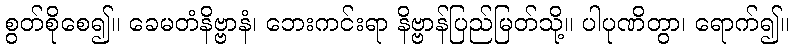
စွတ်စိုစေ၍။ ခေမတံနိဗ္ဗာနံ၊ ဘေးကင်းရာ နိဗ္ဗာန်ပြည်မြတ်သို့။ ပါပုဏိတွာ၊ ရောက်၍။